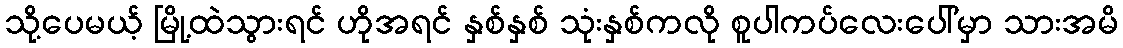
သို့ပေမယ့် မြို့ထဲသွားရင် ဟိုအရင် နှစ်နှစ် သုံးနှစ်ကလို စူပါကပ်လေးပေါ်မှာ သားအမိ